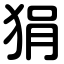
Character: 狷